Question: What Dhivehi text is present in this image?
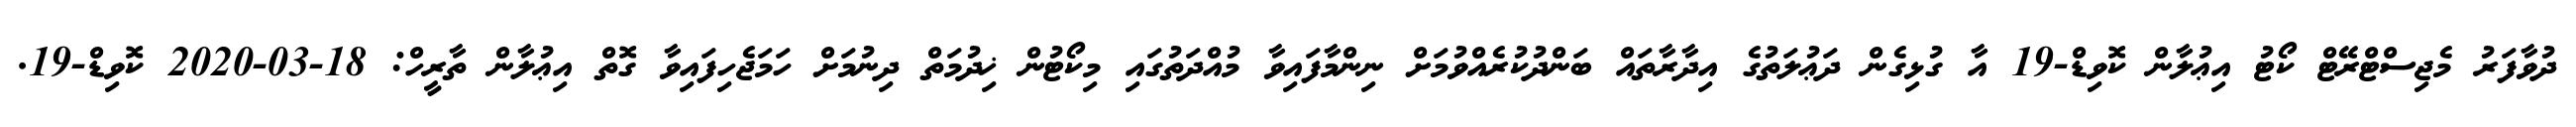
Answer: ދުވާފަރު މެޖިސްޓްރޭޓް ކޯޓު އިޢުލާން ކޮވިޑް-19 އާ ގުޅިގެން ދަޢުލަތުގެ އިދާރާތައް ބަންދުކުރެއްވުމަށް ނިންމާފައިވާ މުއްދަތުގައި މިކޯޓުން ޚިދުމަތް ދިނުމަށް ހަމަޖެހިފައިވާ ގޮތް އިޢުލާން ތާރީހް: 18-03-2020 ކޮވިޑް-19.